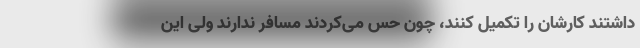
داشتند کارشان را تکمیل کنند، چون حس می‌کردند مسافر ندارند ولی این